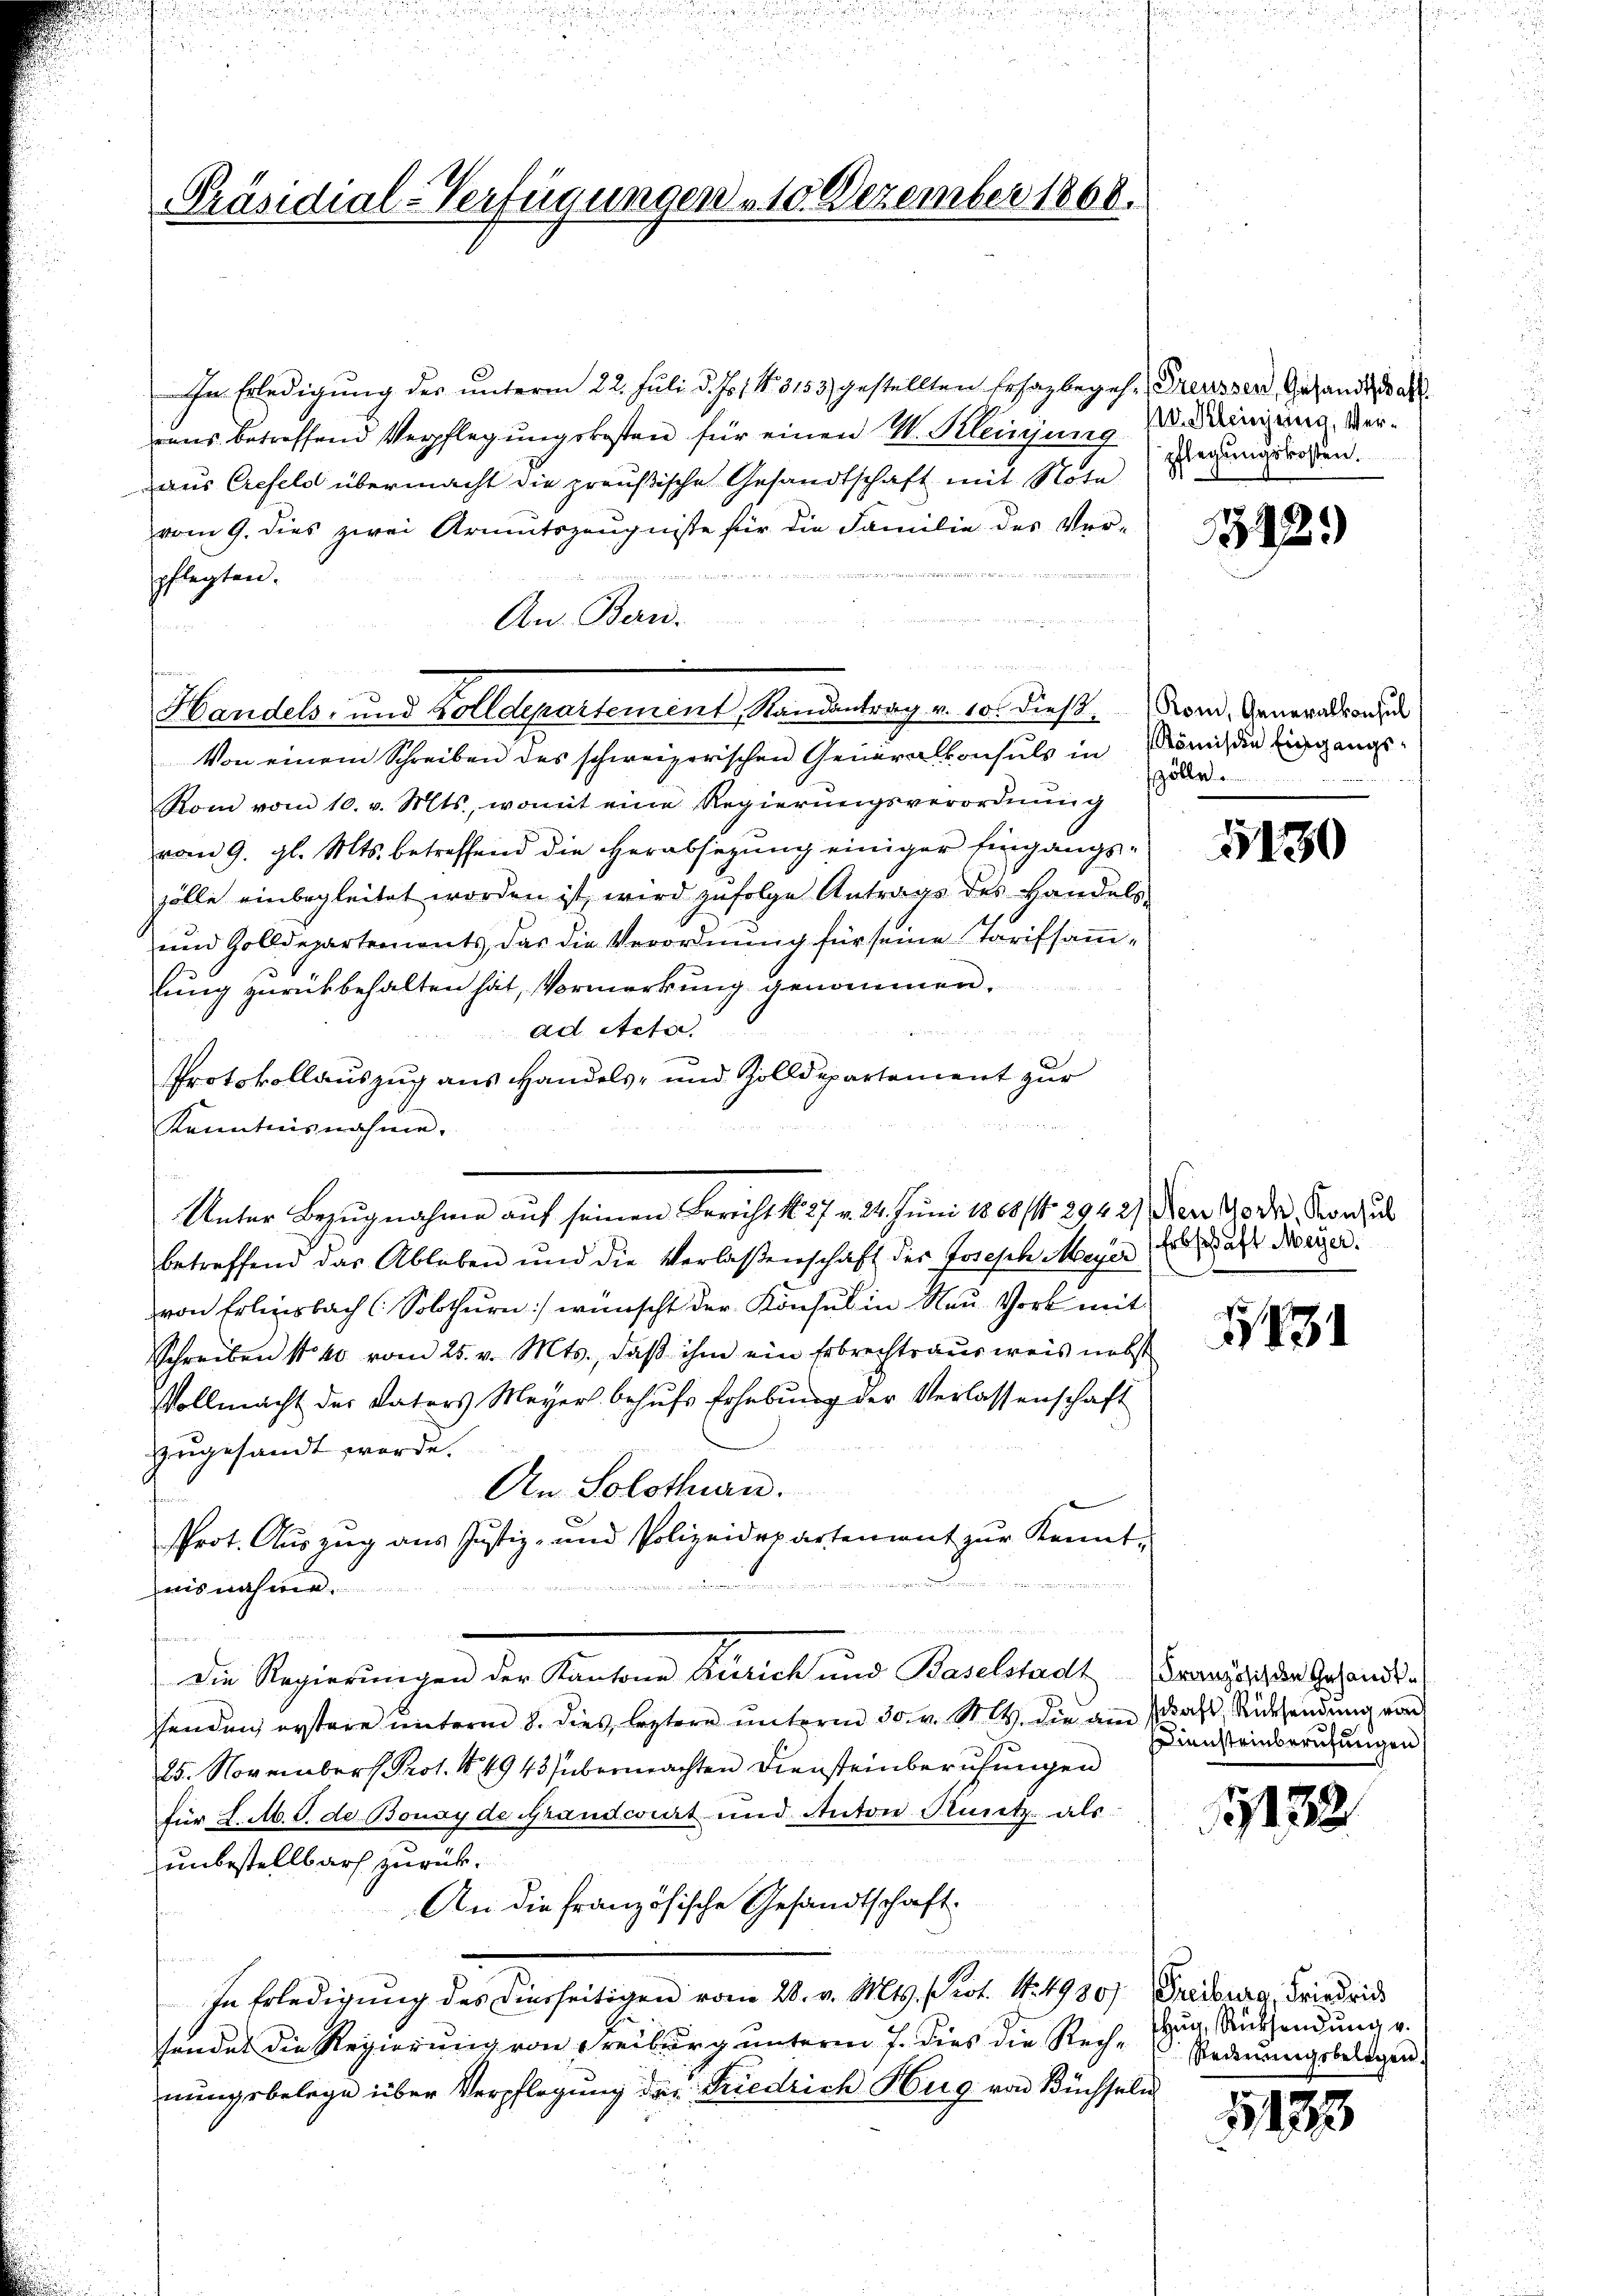
Präsidial-Verfügungen 10 Dezember 1868.

In Erledigung des unterm 22. Juli d. Jos. 1. 3153) gestellten Ersazbegeh. Preusser Gesandtschaft
raus betreffend Verpflegungskosten für einen I. Kleinung
aus Crefeld übermacht die preußische Gesandtschaft mit Nota
vom 9. dies zwei Armutszeugnisse für die Familie des Ver-

pflegten.
An Bern.
Von einem Schreiben des schweizerischen Generalkonsuls in König die Eingangs¬
Rom vom 10. v. Mts., womit eine Regierungsverordnung
vom 9. gl. Mts. betreffend die Herabsetzung einiger Eingangszölle einbegleitet worden ist, wird zufolge Antrags des Handels
und Zolldepartements, das die Verordnŭng für seine Tarifsaṁ-
lung zurückbehalten hat, Vormerkung genommen.
ad Actie
Protokollauszug aus Handels- und Zolldepartement zur
d
Kenntnisnahme.
Unter Bezugnahme auf seinen Bericht d. 27 v. 24. Juni 1868 / 2942), en oder Konsul
betreffend das Ableben und die Verlassenschaft der Joseph Meyer der als Neuen.
von Erlensbach (Solothurn) wünscht der Konsul in Neu Vork mit
Schreiben No 40 vom 25. v. Mts., daß ihm ein Erbrechtsausweis nebst
Vollmacht der Vaters Meyer behufs Erhebung der Verlassenschaft
zugesandt werde.
An Solothurn.
Prot. Auszug aus Justiz- und Polizeidepartement zŭr Kennt-
uand einen
nisnahme.
 3ten der
denen
Die Regierungen der Kantone Zurick und Baselstadt Franz oder Gesands
senden erstere unterm 8. dies leztere unterm 30. v. M. h. die am schaft, Rücksendung von
25. November Prot. 44943 übermachten Diensteinberufungen
für J. M. S. de Bonay de Grandcoiert und Anton Kuntz als
unbestellbar zurück¬
An die Französische Gesandtschaft
de
.
In Erledigŭng des Diesseitigen vom 20. v. Mts. Prot. N. 4980) Freiburg, Friedric
findet die Regierung von Freiburg unterm 7. dies die Rechnungsbelege über Verpflegung der Friedrich Hug von Büchseln

n

Handels- und Zolldepartement, Randantrag v. 10. dieß. Fond, Generalkonsul

v. Kleinjenig, Verpflegungskosten.

392.

zölle

1130

1731

Diensteinberufungen

1132.

hun, Rücksendung v.
Rednungsbelegen.

1883